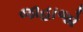
જાહાજો